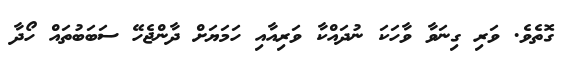
ގޮތެވެ. ވަރި ގިނަވާ ވާހަކަ ނުދައްކާ ވަރިއާއި ހަމަޔަށް ދާންޖެހޭ ސަބަބުތައް ހޯދާ